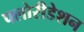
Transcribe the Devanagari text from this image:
फ्लोरीडेशन